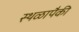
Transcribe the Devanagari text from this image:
स्थळापैकी